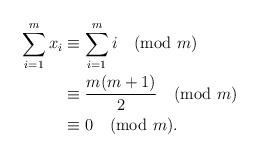
LaTeX: \begin{align*}\sum_{i=1}^{m} x_i &\equiv \sum_{i=1}^{m} i \pmod m\\&\equiv \frac{m(m+1)}{2} \pmod m\\&\equiv 0 \pmod m.\end{align*}